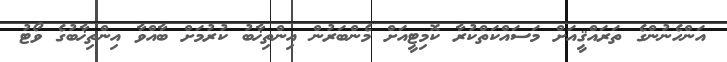
އަންހެނުންގެ ތަރައްޤީއަށް މަސައްކަތްކުރާ ކޮމިޓީއަށް މެންބަރުން އިންތިޚާބު ކުރުމަށް ބާއްވާ އިންތިޚާބުގެ ވޯޓު